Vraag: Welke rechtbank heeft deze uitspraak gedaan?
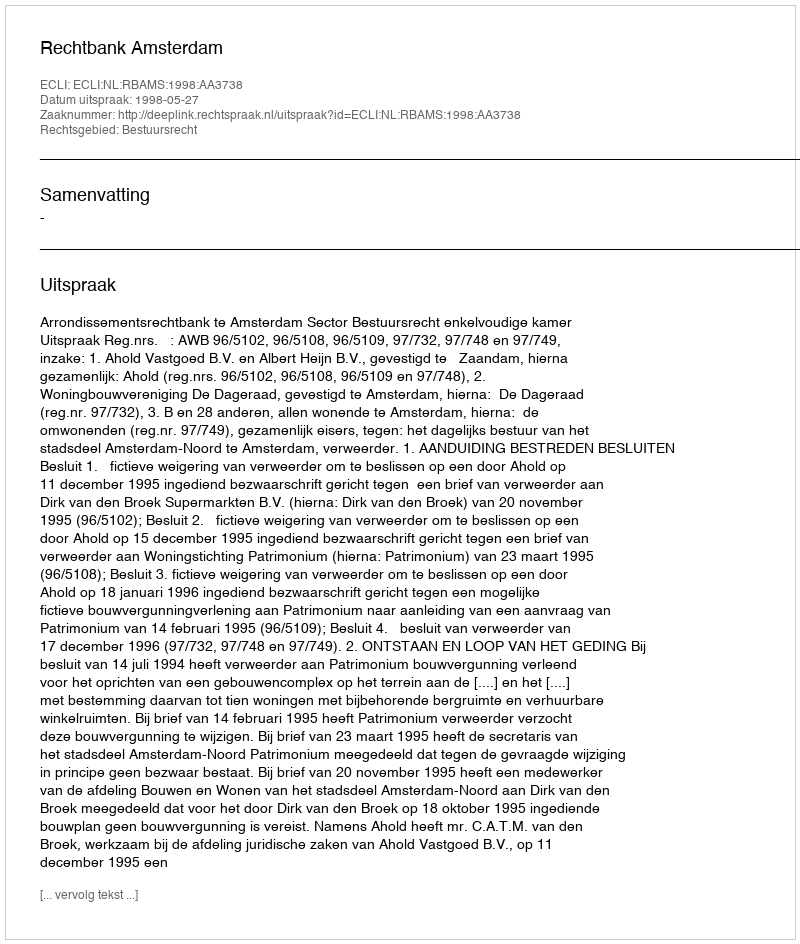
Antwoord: Rechtbank Amsterdam